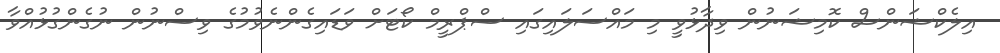
އިލެކްޝަންސް ކޮމިޝަނުން ވިދާޅުވީ މި މައްސަލައިގައި ސްޕްރީމް ކޯޓަށް ވަޑައިގެންނެވުމުގެ ވިސްނުން ނުގެންގުޅުއްވާ